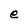
Character: e